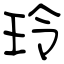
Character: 玲